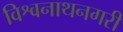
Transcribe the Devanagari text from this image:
विश्वनाथनगरी